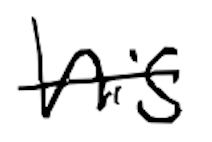
Text: his
Cross-out: mix
Writing tool: digital_black